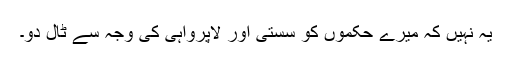
یہ نہیں کہ میرے حکموں کو سستی اور لاپرواہی کی وجہ سے ٹال دو۔